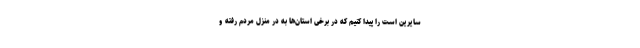
سایرین است را پیدا کنیم که در برخی استان‌ها به در منزل مردم رفته و